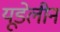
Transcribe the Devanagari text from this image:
यूडेलीन